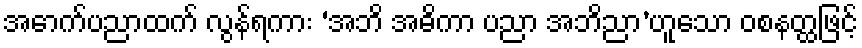
အောက်ပညာထက် လွန်ရကား ‘အဘိ အဓိကာ ပညာ အဘိညာ’ဟူသော ဝစနတ္ထဖြင့်